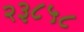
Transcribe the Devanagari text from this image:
२३८५८